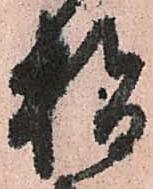
指